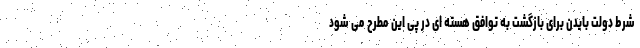
شرط دولت بایدن برای بازگشت به توافق هسته ای در پی این مطرح می شود